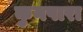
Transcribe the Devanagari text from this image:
कुनपारा